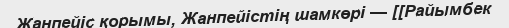
Жанпейіс қорымы, Жанпейістің шамкөрі — [[Райымбек